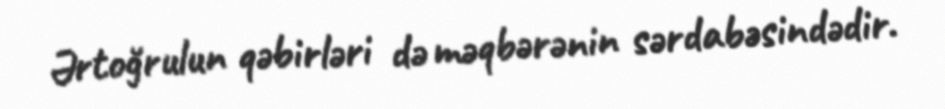
Ərtoğrulun qəbirləri də məqbərənin sərdabəsindədir.